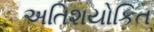
અતિશયોકિત